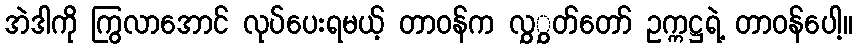
အဲဒါကို ကြွလာအောင် လုပ်ပေးရမယ့် တာဝန်က လွှွှတ်တော် ဥက္ကဋ္ဌရဲ့ တာဝန်ပေါ့။